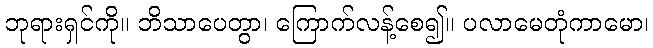
ဘုရားရှင်ကို။ ဘိသာပေတွာ၊ ကြောက်လန့်စေ၍။ ပလာမေတုံကာမော၊